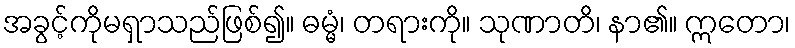
အခွင့်ကိုမရှာသည်ဖြစ်၍။ ဓမ္မံ၊ တရားကို။ သုဏာတိ၊ နာ၏။ ဣတော၊